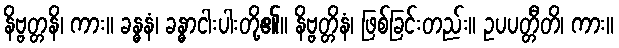
နိဗ္ဗတ္တနိ၊ ကား။ ခန္ဓနံ၊ ခန္ဓာငါးပါးတို့၏။ နိဗ္ဗတ္တိနံ၊ ဖြစ်ခြင်းတည်း။ ဥပပတ္တီတိ၊ ကား။